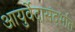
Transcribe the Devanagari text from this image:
आयुर्वेदासंदर्भात